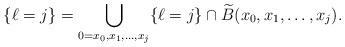
LaTeX: \begin{align*}\{\ell = j\} = \bigcup_{0 = x_0, x_1, \dots, x_j} \{\ell = j\} \cap \widetilde B(x_0, x_1, \dots, x_j ). \end{align*}